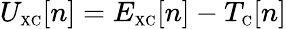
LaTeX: U_{\scriptscriptstyle\mathrm{XC}}[n]=E_{\scriptscriptstyle\mathrm{XC}}[n]-T_{\scriptscriptstyle\mathrm{C}}[n]